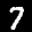
Label: 7